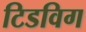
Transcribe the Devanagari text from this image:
टिडविग